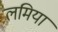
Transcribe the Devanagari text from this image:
लमिया